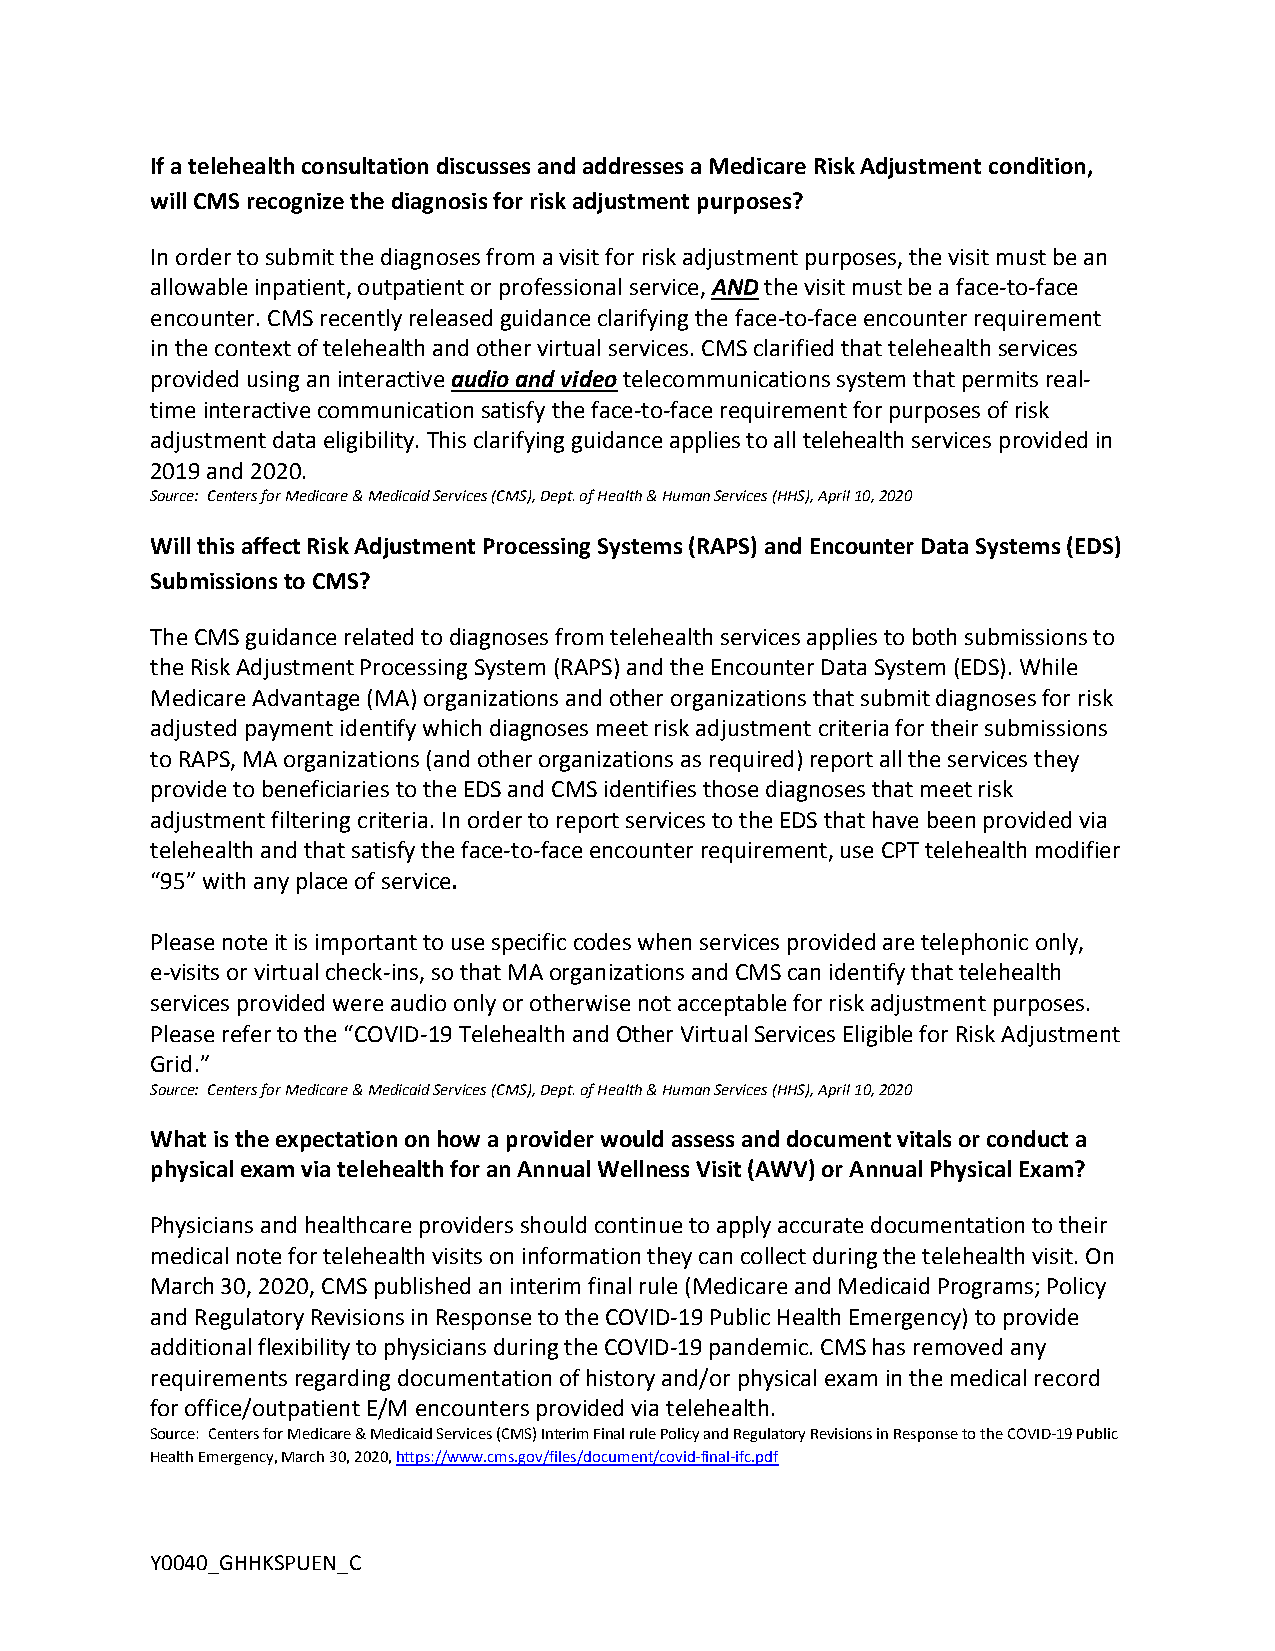
If a telehealth consultation discusses and addresses a Medicare Risk Adjustment condition,
 will CMS recognize the diagnosis for risk adjustment purposes?
 In order to submit the diagnoses from a visit for risk adjustment purposes, the visit must be an
 allowable inpatient, outpatient or professional service, AND the visit must be a face-to-face
 encounter. CMS recently released guidance clarifying the face-to-face encounter requirement
 in the context of telehealth and other virtual services. CMS clarified that telehealth services
 provided using an interactive audio and video telecommunications system that permits real-
 time interactive communication satisfy the face-to-face requirement for purposes of risk
 adjustment data eligibility. This clarifying guidance applies to all telehealth services provided in
 2019 and 2020.
 Source: Centers for Medicare & Medicaid Services (CMS), Dept. of Health & Human Services (HHS), April 10, 2020
 Will this affect Risk Adjustment Processing Systems (RAPS) and Encounter Data Systems (EDS)
 Submissions to CMS?
 The CMS guidance related to diagnoses from telehealth services applies to both submissions to
 the Risk Adjustment Processing System (RAPS) and the Encounter Data System (EDS). While
 Medicare Advantage (MA) organizations and other organizations that submit diagnoses for risk
 adjusted payment identify which diagnoses meet risk adjustment criteria for their submissions
 to RAPS, MA organizations (and other organizations as required) report all the services they
 provide to beneficiaries to the EDS and CMS identifies those diagnoses that meet risk
 adjustment filtering criteria. In order to report services to the EDS that have been provided via
 telehealth and that satisfy the face-to-face encounter requirement, use CPT telehealth modifier
 “95” with any place of service.
 Please note it is important to use specific codes when services provided are telephonic only,
 e-visits or virtual check-ins, so that MA organizations and CMS can identify that telehealth
 services provided were audio only or otherwise not acceptable for risk adjustment purposes.
 Please refer to the “COVID-19 Telehealth and Other Virtual Services Eligible for Risk Adjustment
 Grid.”
 Source: Centers for Medicare & Medicaid Services (CMS), Dept. of Health & Human Services (HHS), April 10, 2020
 What is the expectation on how a provider would assess and document vitals or conduct a
 physical exam via telehealth for an Annual Wellness Visit (AWV) or Annual Physical Exam?
 Physicians and healthcare providers should continue to apply accurate documentation to their
 medical note for telehealth visits on information they can collect during the telehealth visit. On
 March 30, 2020, CMS published an interim final rule (Medicare and Medicaid Programs; Policy
 and Regulatory Revisions in Response to the COVID-19 Public Health Emergency) to provide
 additional flexibility to physicians during the COVID-19 pandemic. CMS has removed any
 requirements regarding documentation of history and/or physical exam in the medical record
 for office/outpatient E/M encounters provided via telehealth.
 Source: Centers for Medicare & Medicaid Services (CMS) Interim Final rule Policy and Regulatory Revisions in Response to the COVID-19 Public
 Health Emergency, March 30, 2020, https://www.cms.gov/files/document/covid-final-ifc.pdf
 Y0040_GHHKSPUEN_C